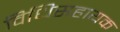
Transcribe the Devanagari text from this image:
विधिसहायक